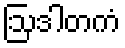
ဩဒါတကံ